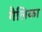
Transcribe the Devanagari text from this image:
गैलिका